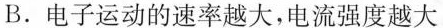
B.电子运动的速率越大，电流强度越大